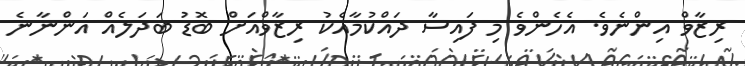
ރިޒާވް އިންނެވެ. އެހެންވެ މި ފައިސާ ދައްކުމާއެކު ރިޒާވްއަށް ބޮޑު ބަދަލެއް އަންނާނެ